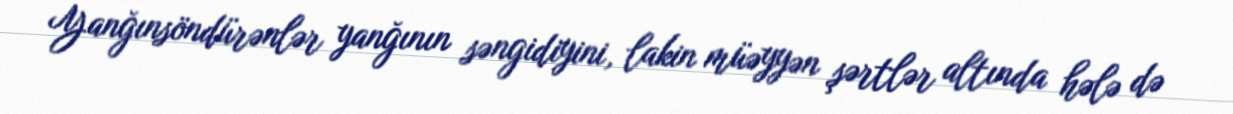
Yanğınsöndürənlər yanğının səngidiyini, lakin müəyyən şərtlər altında hələ də